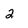
Character: 2